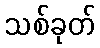
သစ်ခုတ်